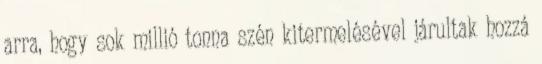
arra, hogy sok millió tonna szén kitermelésével járultak hozzá